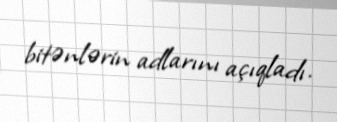
bitənlərin adlarını açıqladı.